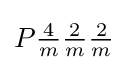
P{\tfrac {4}{m}}{\tfrac {2}{m}}{\tfrac {2}{m}}